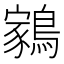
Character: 𬷬